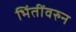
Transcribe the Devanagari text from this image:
भिंतींवरुन